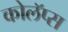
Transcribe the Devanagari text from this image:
कोलॅप्स